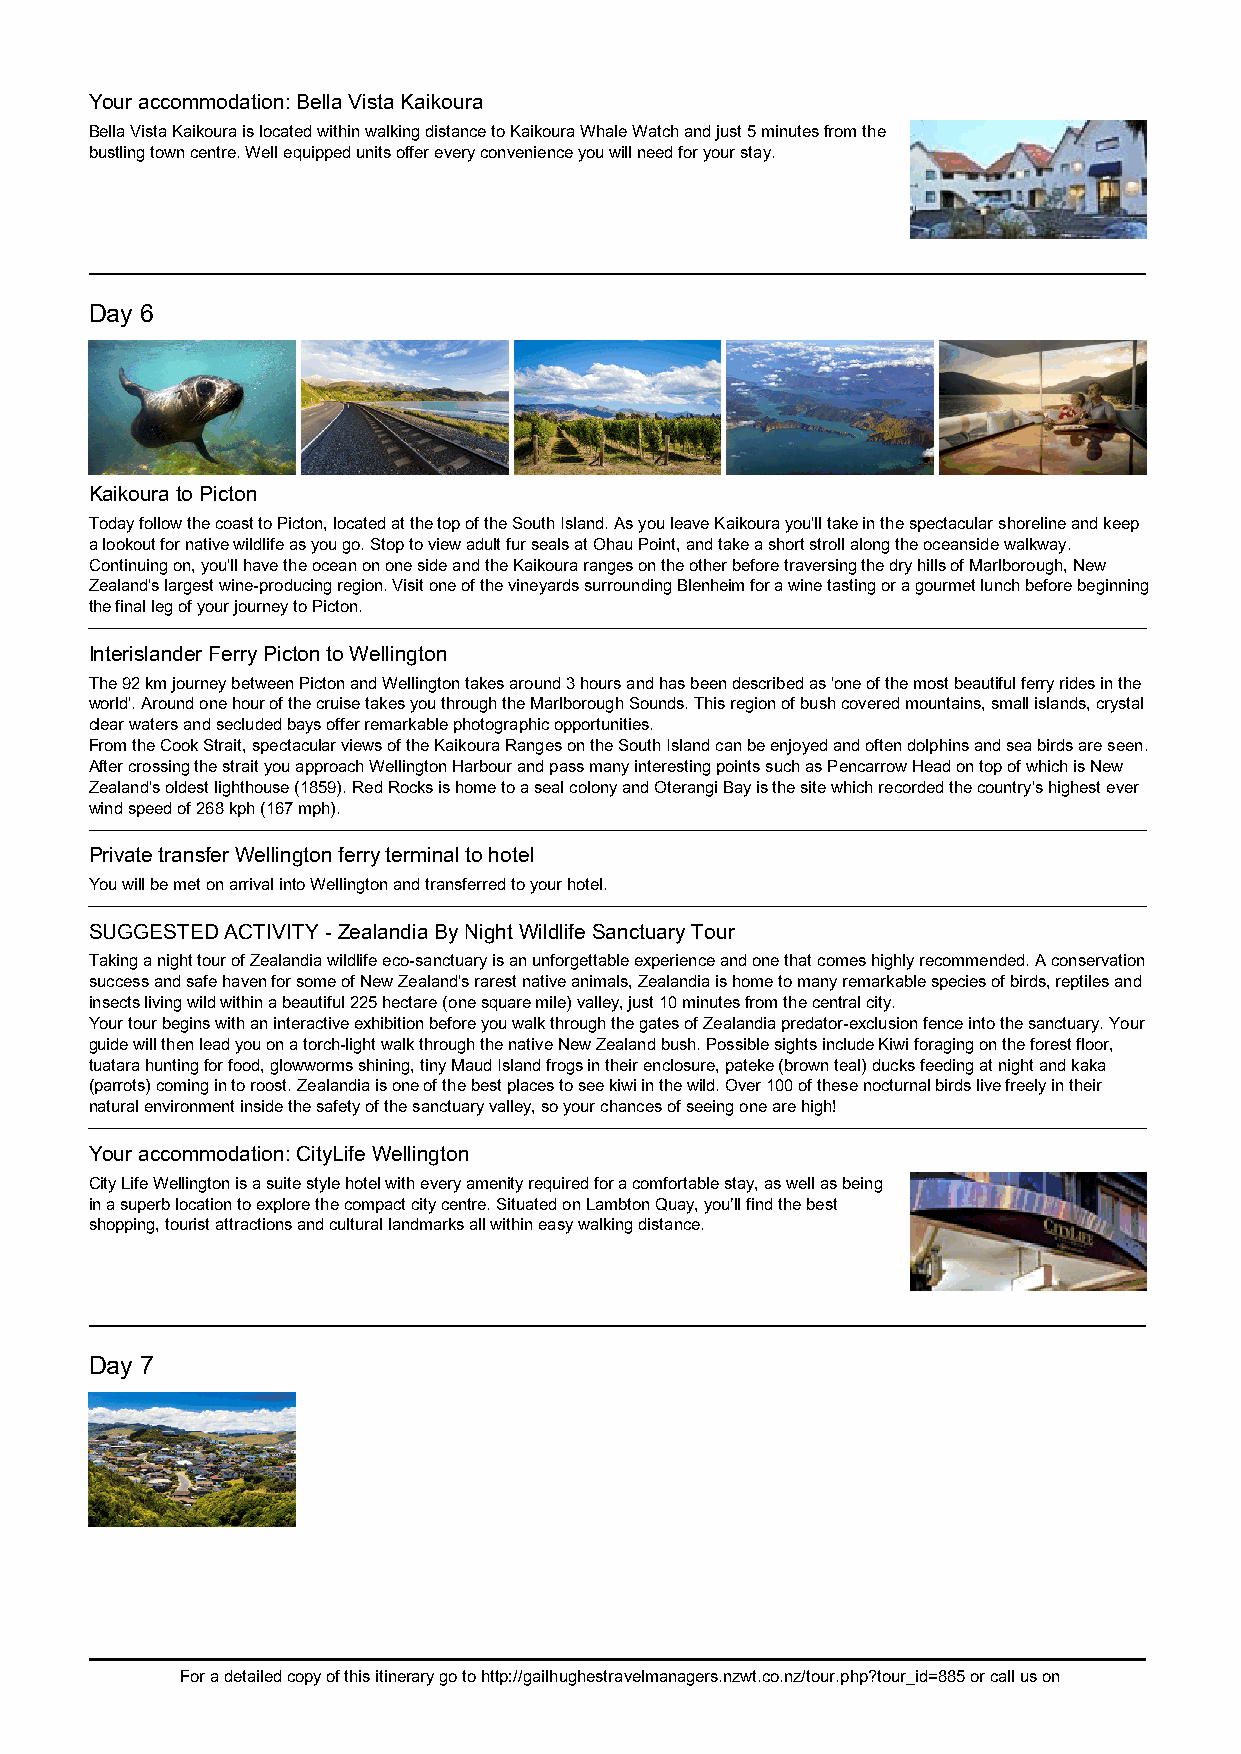
Your accommodation: Bella Vista Kaikoura
 Bella Vista Kaikoura is located within walking distance to Kaikoura Whale Watch and just 5 minutes from the
 bustling town centre. Well equipped units offer every convenience you will need for your stay.
 Day 6
 Kaikoura to Picton
 Today follow the coast to Picton, located at the top of the South Island. As you leave Kaikoura you'll take in the spectacular shoreline and keep
 a lookout for native wildlife as you go. Stop to view adult fur seals at Ohau Point, and take a short stroll along the oceanside walkway.
 Continuing on, you'll have the ocean on one side and the Kaikoura ranges on the other before traversing the dry hills of Marlborough, New
 Zealand's largest wine-producing region. Visit one of the vineyards surrounding Blenheim for a wine tasting or a gourmet lunch before beginning
 the final leg of your journey to Picton.
 Interislander Ferry Picton to Wellington
 The 92 km journey between Picton and Wellington takes around 3 hours and has been described as 'one of the most beautiful ferry rides in the
 world'. Around one hour of the cruise takes you through the Marlborough Sounds. This region of bush covered mountains, small islands, crystal
 clear waters and secluded bays offer remarkable photographic opportunities.
 From the Cook Strait, spectacular views of the Kaikoura Ranges on the South Island can be enjoyed and often dolphins and sea birds are seen.
 After crossing the strait you approach Wellington Harbour and pass many interesting points such as Pencarrow Head on top of which is New
 Zealand's oldest lighthouse (1859). Red Rocks is home to a seal colony and Oterangi Bay is the site which recorded the country's highest ever
 wind speed of 268 kph (167 mph).
 Private transfer Wellington ferry terminal to hotel
 You will be met on arrival into Wellington and transferred to your hotel.
 SUGGESTED ACTIVITY - Zealandia By Night Wildlife Sanctuary Tour
 Taking a night tour of Zealandia wildlife eco-sanctuary is an unforgettable experience and one that comes highly recommended. A conservation
 success and safe haven for some of New Zealand's rarest native animals, Zealandia is home to many remarkable species of birds, reptiles and
 insects living wild within a beautiful 225 hectare (one square mile) valley, just 10 minutes from the central city.
 Your tour begins with an interactive exhibition before you walk through the gates of Zealandia predator-exclusion fence into the sanctuary. Your
 guide will then lead you on a torch-light walk through the native New Zealand bush. Possible sights include Kiwi foraging on the forest floor,
 tuatara hunting for food, glowworms shining, tiny Maud Island frogs in their enclosure, pateke (brown teal) ducks feeding at night and kaka
 (parrots) coming in to roost. Zealandia is one of the best places to see kiwi in the wild. Over 100 of these nocturnal birds live freely in their
 natural environment inside the safety of the sanctuary valley, so your chances of seeing one are high!
 Your accommodation: CityLife Wellington
 City Life Wellington is a suite style hotel with every amenity required for a comfortable stay, as well as being
 in a superb location to explore the compact city centre. Situated on Lambton Quay, you’ll find the best
 shopping, tourist attractions and cultural landmarks all within easy walking distance.
 Day 7
 For a detailed copy of this itinerary go to http://gailhughestravelmanagers.nzwt.co.nz/tour.php?tour_id=885 or call us on